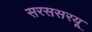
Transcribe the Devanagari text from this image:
सरससरयू